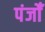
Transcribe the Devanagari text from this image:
पंजोँ